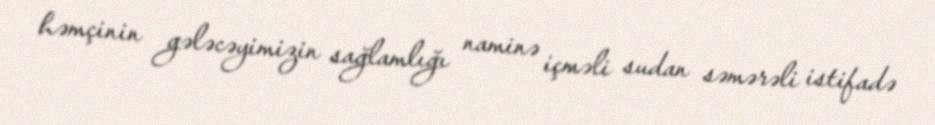
həmçinin gələcəyimizin sağlamlığı naminə içməli sudan səmərəli istifadə